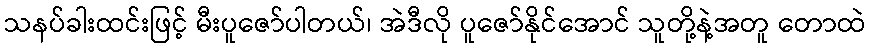
သနပ်ခါးထင်းဖြင့် မီးပူဇော်ပါတယ်၊ အဲဒီလို ပူဇော်နိုင်အောင် သူတို့နဲ့အတူ တောထဲ